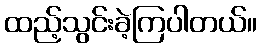
ထည့်သွင်းခဲ့ကြပါတယ်။